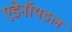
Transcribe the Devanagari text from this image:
एडेनॉयडल